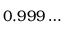
0 . 9 9 9 \ldots